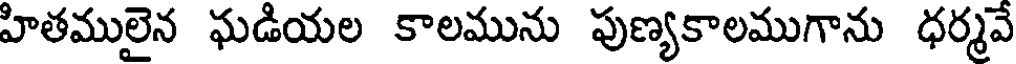
హితములైన ఘడియల కాలమును పుణ్యకాలముగాను ధర్మవే